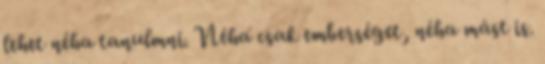
lehet néha tanulmni. Néha csak emberséget, néha mást is.